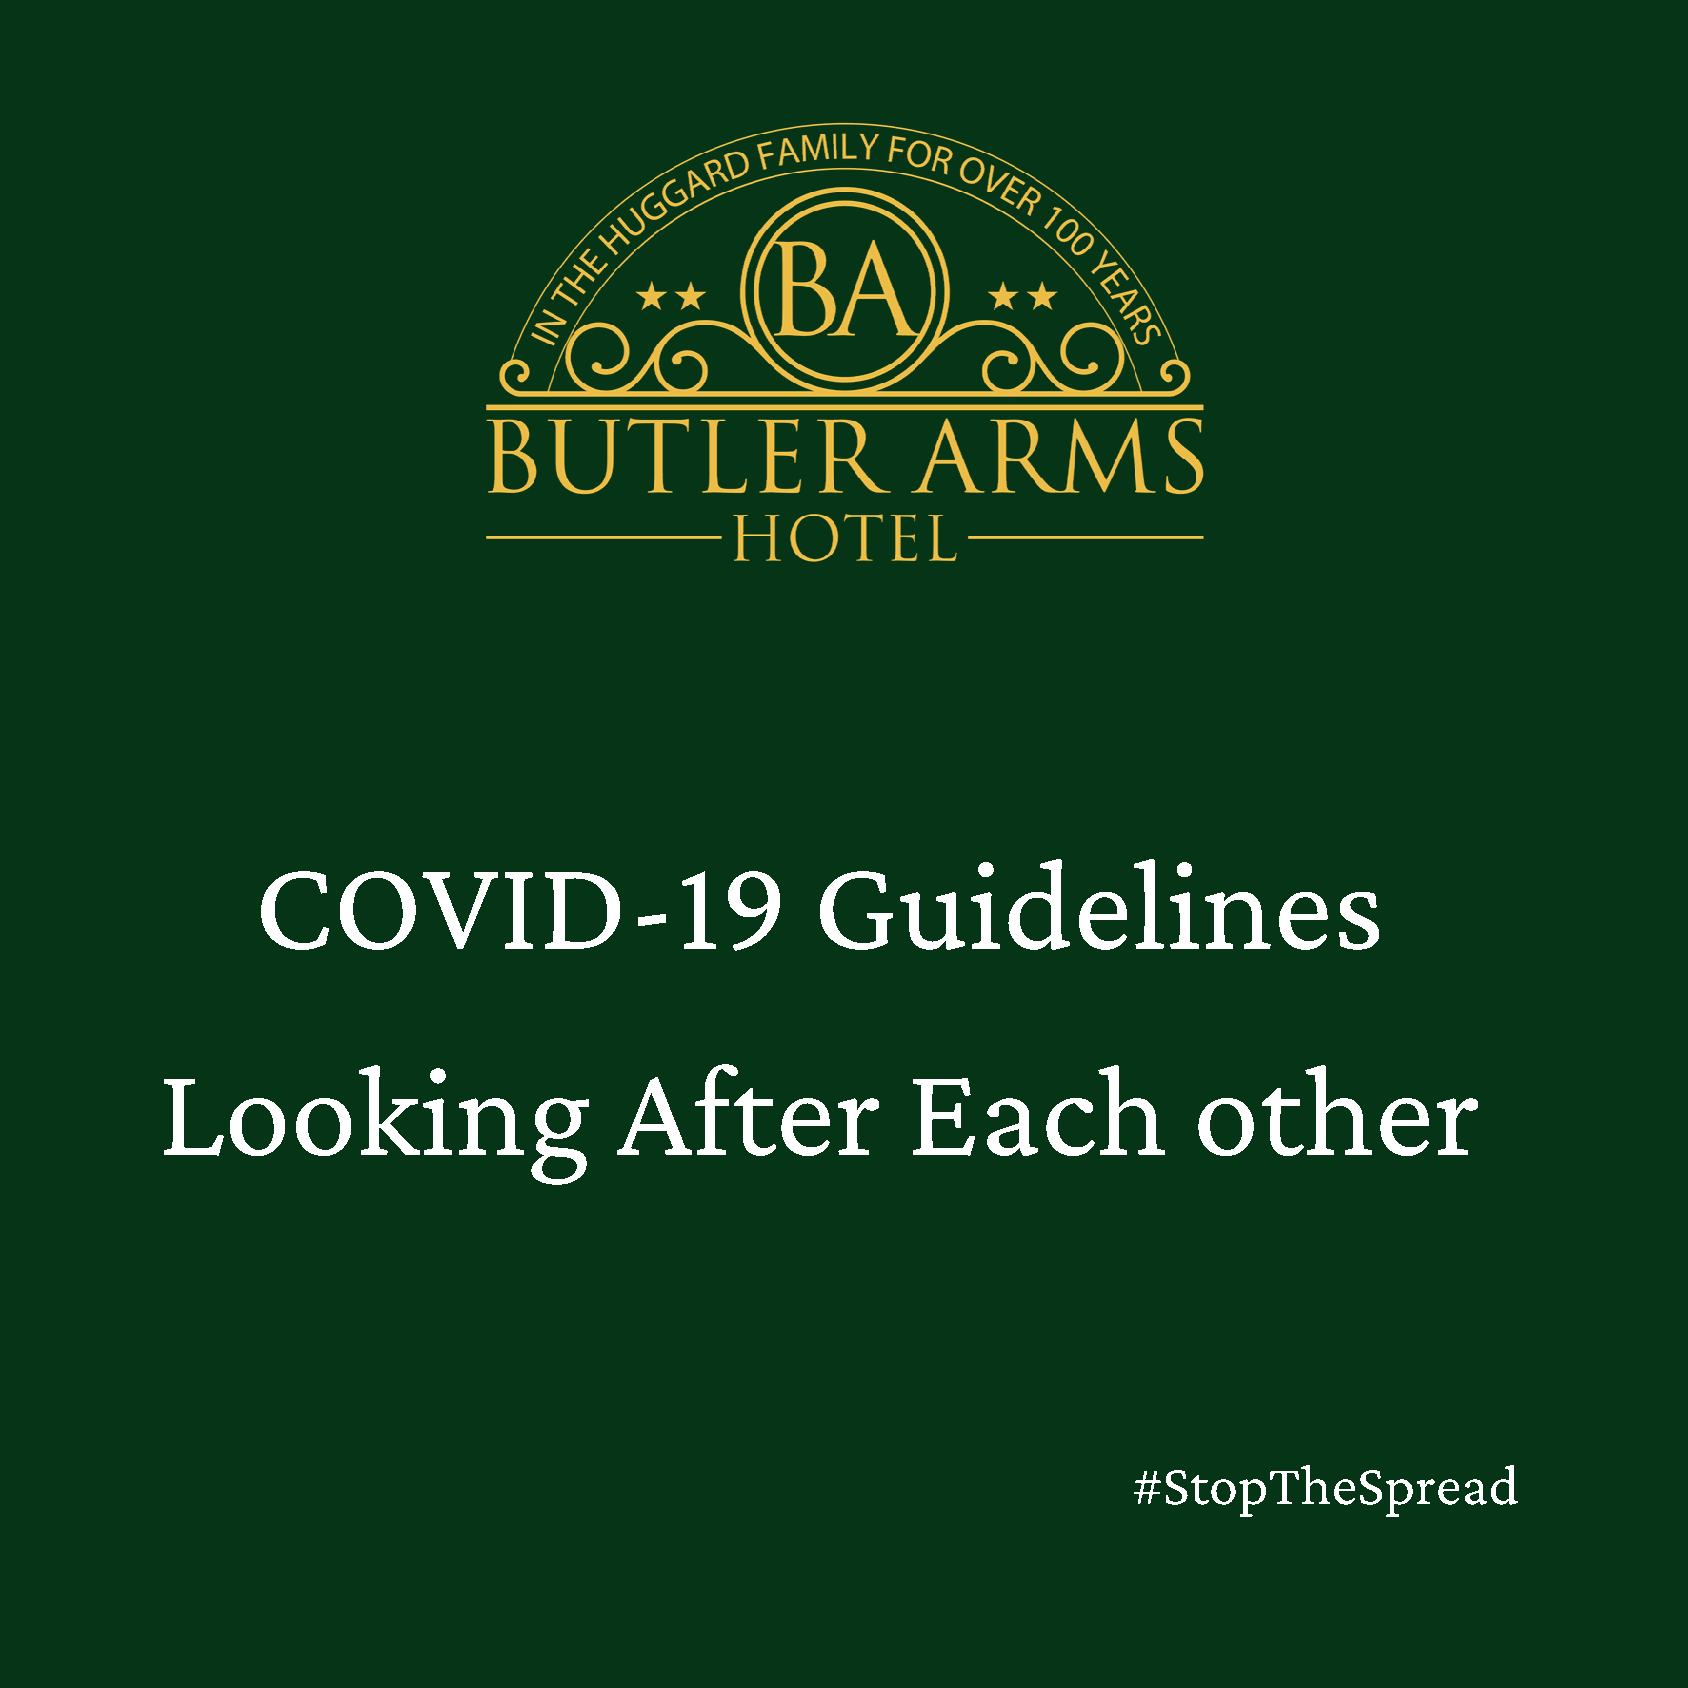
COVID-19                             Guidelines
 Looking                        After              Each               other
 #StopTheSpread